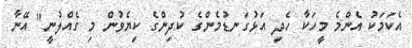
އެކަމަކު އެންމެ މީހަކާ ހެދި އަޅުގަނޑުމެންގެ ކުދިންގެ ކިޔެވުން މި ގެއްލުނީ" އޭނާ